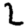
Digit: 2